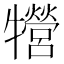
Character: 㹚